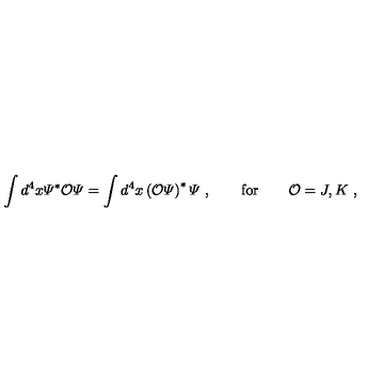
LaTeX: \int d ^ { 4 } x { \mit \Psi } ^ { \ast } { \cal O } { \mit \Psi } = \int d ^ { 4 } x \left( { \cal O } { \mit \Psi } \right) ^ { \ast } { \mit \Psi } \ , \qquad \mathrm { f o r } \qquad { \cal O } = J , K \ ,